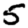
Digit: 5